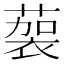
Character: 𱾚